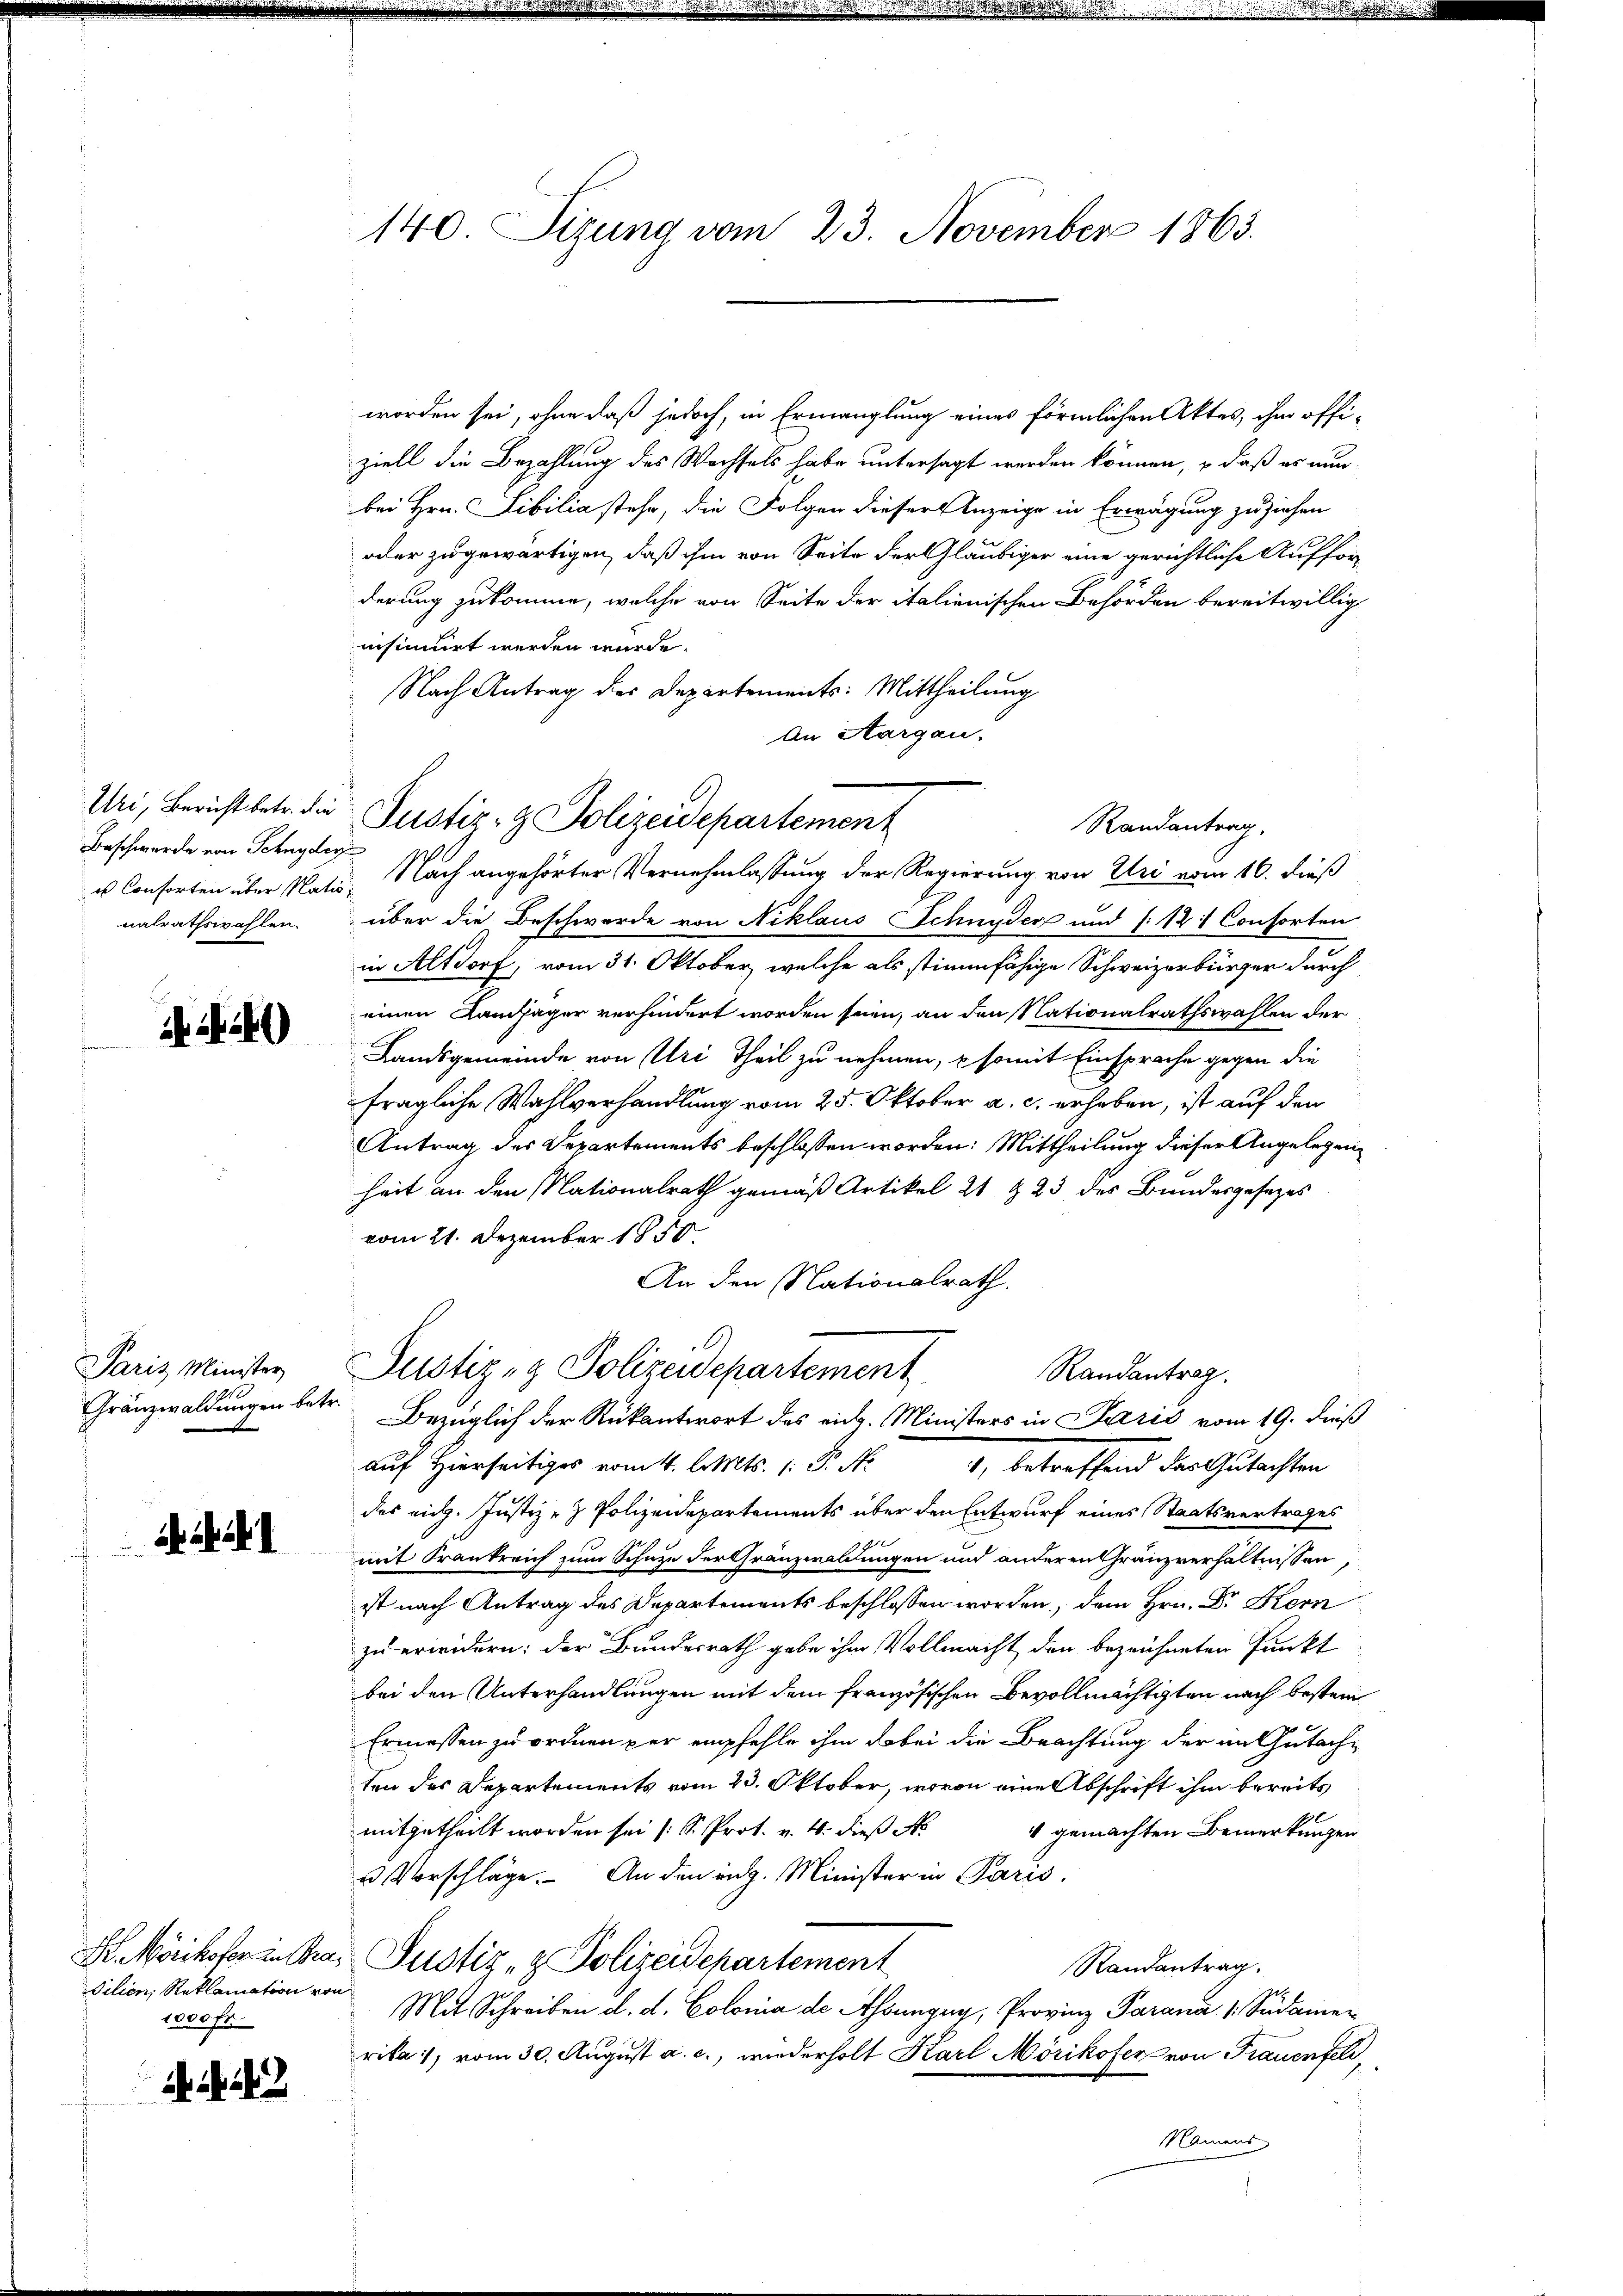
Uri, Bericht betr. die
Beschwerde von Schnyder
us Conforten über Nati
nalrathswahlen.

244

Paris Minister
Gränzwaldungen betr.

dilien, Reklamation von
1000 fr.

h. 1. 242

140 Sizung vom 23. November 1863.

worden sei, ohne daß jedoch, in Ermanglung eines förmlichen Aktes, ihm offiziell die Bezahlung des Wachsels habe untersagt werden können, – daß er nun
bei Hrn. Sibilia stehe, die Folgen dieser Anzeige in Erwägung zuziehen
oder zugewärtigen, daß ihm von Seite der Gläubiger eine gerichtliche Aufforderung zukomme, welche von Seite der italienischen Behörden bereitwillig
insinuirt werden würde.
Nach Antrag des Departements: Mittheilung
An Aargau.
Justiz- & Polizeidepartement
Randantrag,
a
Nach angehörter Vernehmlassung der Regierung von Uri vom 16. dieß

über die Beschwerde von Niklaus Schnyder und (:12: Consorten
in Altdorf, vom 31. Oktober, welche als stimmfähige Schweizerbürger durch
einen Kanager verhindert worden seien, an den Nationalrathswahlen der
Landsgemeinde von Uri Theil zu nehmen, & somit Einsprache gegen die
fragliche Wahlverhandlung vom 25. Oktober a. c. erhoben, ist auf den
Antrag des Departements beschlossen worden: Mittheilung dieser Angelegenheit an den Nationalrath gemäß Artikel 21 & 23 des Bundesgesezes
vom 21. Dezember 1850.
An den Nationalrath.
6
Justiz- & Polizeidepartement
Randantrag.
Bezüglich der Rückantwort des eidg. Ministers in Paris vom 19. dieß
auf Hierseitiges vom 4. l. Mts. (: P. Nr. 1, betreffend das Gutachten
des mich. Justiz- & Polizeidepartements über den Entwurf eines Staatsvertrages
b
mit Frankreich zum Schuze der Gränzwaldungen und anderen Gränzverhältnissen
ist nach Antrag des Departements beschlossen worden, dem Hrn. Dr Kern
zu erwidern: der Bundesrath gebe ihm Vollmacht den bezeichneten Punkt
bei den Unterhandlungen mit dem französischen Bevollmächtigten nach bestein
Ermessen zu ordnen per empfehle ihm dabei die Beachtung der in Gutachten des Departements vom 23. Oktober, wovon eine Abschrift ihm bereits
mitgetheilt worden sei (S. Prot. v. 4. dieß No
4 gemachten Bemerkungen
u Vorschläge. An den eng. Minister in Paris.
S. Mörikofer in Bra- Justiz- & Polizeidepartement
Randantrag.
Mit Schreiben d. d. Colonia de Assungny, Provinz Parana 1. Südamer
rika, vom 30. August a. c., wiederholt Karl Mörikofer von Frauenfeld,
Namens